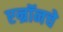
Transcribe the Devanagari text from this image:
एन्रॉनचे